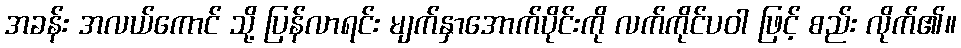
အခန်း အလယ်ကောင် သို့ ပြန်လာရင်း မျက်နှာအောက်ပိုင်းကို လက်ကိုင်ပဝါ ဖြင့် စည်း လိုက်၏။